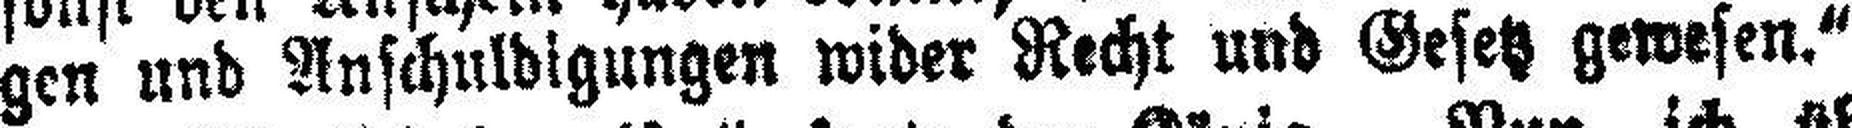
gen und Anschuldigungen wider Recht und Gesetz gewesen.“